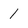
Character: 1